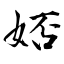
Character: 娝